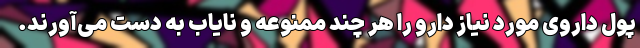
پول داروی مورد نیاز دارو را هر چند ممنوعه و نایاب به دست می‌آورند.